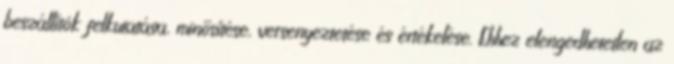
beszállítók felkutatása, minősítése, versenyeztetése és értékelése. Ehhez elengedhetetlen az